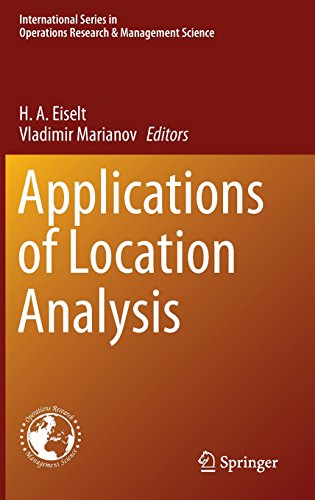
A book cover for Applications of Location Analysis (International Series in Operations Research & Management Science); Business & Money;